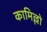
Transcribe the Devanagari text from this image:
कामिल्लो